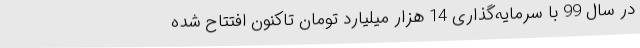
در سال 99 با سرمایه‌گذاری 14 هزار میلیارد تومان تاکنون افتتاح شده